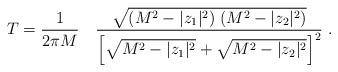
LaTeX: \begin{align*}T = {1 \over 2\pi M} \quad {\sqrt{(M^2 - |z_1|^2) \; (M^2 - |z_2|^2)}\over \left[ \sqrt{M^2 -|z_1|^2 } + \sqrt{ M^2 - |z_2|^2}\right ]^2}\ .\end{align*}